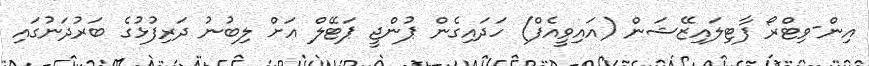
އިން-ވިޓްރޯ ފާޓިލައިޒޭޝަން (އައިވީއެފް) ހަދައިގެން ޕުންޖީ ޕަޓޭލް އަށް ލިބުނު ދަރިފުޅުގެ ބަރުދަނުގައި